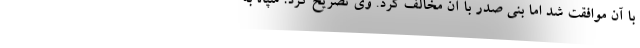
با آن موافقت شد اما بنی صدر با آن مخالف کرد. وی تصریح کرد: سپاه به